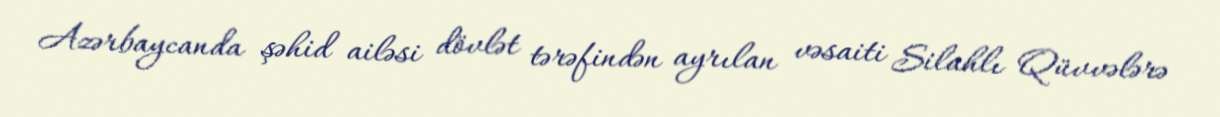
Azərbaycanda şəhid ailəsi dövlət tərəfindən ayrılan vəsaiti Silahlı Qüvvələrə